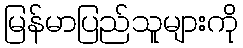
မြန်မာပြည်သူများကို